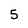
Character: 5